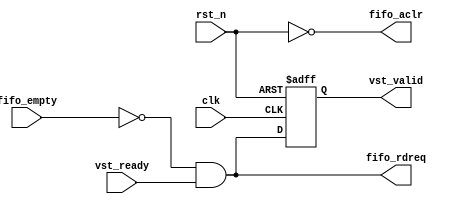
module my_clipper_read_fifo(
	clk,rst_n,
	fifo_empty,vst_ready,
	fifo_rdreq,vst_valid,
	fifo_aclr
);

input		clk,rst_n;
input		fifo_empty,vst_ready;
output	fifo_rdreq,vst_valid;
output	fifo_aclr;

reg		vst_valid_reg;

assign	fifo_rdreq = (~fifo_empty) & vst_ready;
assign	vst_valid = vst_valid_reg;
assign	fifo_aclr = ~rst_n;

always @(posedge clk or negedge rst_n)
begin
	if(!rst_n)
		vst_valid_reg <= 1'b0;
	else
		vst_valid_reg <= fifo_rdreq;
end

endmodule